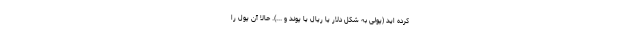
کرده اید (پولی به شکل دلار یا ریال یا پوند و ...). حالا آن پول را